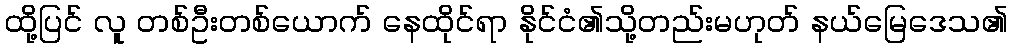
ထို့ပြင် လူ တစ်ဦးတစ်ယောက် နေထိုင်ရာ နိုင်ငံ၏သို့တည်းမဟုတ် နယ်မြေဒေသ၏